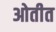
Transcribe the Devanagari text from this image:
ओतीत